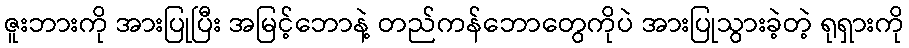
ဇူးဘားကို အားပြုပြီး အမြင့်ဘောနဲ့ တည်ကန်ဘောတွေကိုပဲ အားပြုသွားခဲ့တဲ့ ရုရှားကို